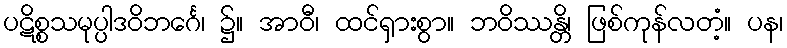
ပဋိစ္စသမုပ္ပါဒဝိဘင်္ဂေ၊ ၌။ အာဝီ၊ ထင်ရှားစွာ။ ဘဝိဿန္တိ၊ ဖြစ်ကုန်လတံ့။ ပန၊